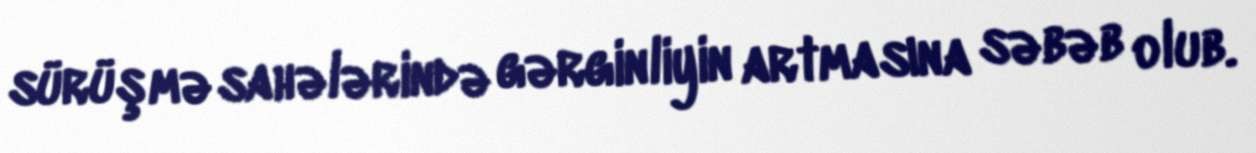
sürüşmə sahələrində gərginliyin artmasına səbəb olub.